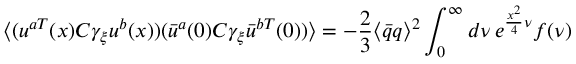
\langle ( u ^ { a T } ( x ) C \gamma _ { \xi } u ^ { b } ( x ) ) ( { \bar { u } } ^ { a } ( 0 ) C \gamma _ { \xi } { \bar { u } } ^ { b T } ( 0 ) ) \rangle = - \frac { 2 } { 3 } \langle { \bar { q } } q \rangle ^ { 2 } \int _ { 0 } ^ { \infty } d \nu \, e ^ { \frac { x ^ { 2 } } { 4 } \nu } f ( \nu )